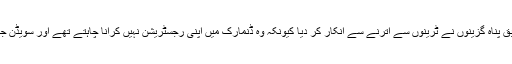
پولیس کے مطابق پناہ گزینوں نے ٹرینوں سے اترنے سے انکار کر دیا کیونکہ وہ ڈنمارک میں اپنی رجسٹریشن نہیں کرانا چاہتے تھے اور سویڈن جانا چاہتے تھے۔